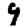
Digit: 9